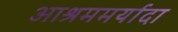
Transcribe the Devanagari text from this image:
आश्रममर्यादा